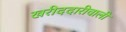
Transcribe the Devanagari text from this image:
खरीददारीवाली